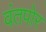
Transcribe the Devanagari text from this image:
वंतपोर